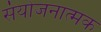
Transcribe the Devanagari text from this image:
संयोजनात्मक